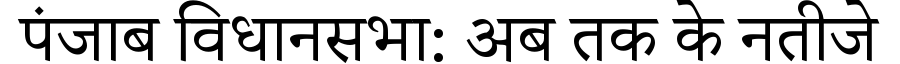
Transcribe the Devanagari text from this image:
पंजाब विधानसभा: अब तक के नतीजे